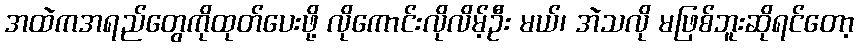
အထဲကအရည်တွေကိုထုတ်ပေးဖို့ လိုကောင်းလိုလိမ့်ဦး မယ်၊ အဲသလို မဖြစ်ဘူးဆိုရင်တော့